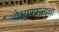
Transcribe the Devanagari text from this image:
वेश्यागमनाचा